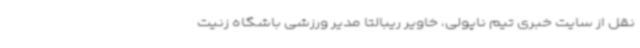
نقل از سایت خبری تیم ناپولی، خاویر ریبالتا مدیر ورزشی باشگاه زنیت